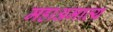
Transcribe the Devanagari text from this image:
महाअमात्य